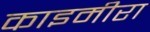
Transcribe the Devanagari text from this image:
काइमीरा